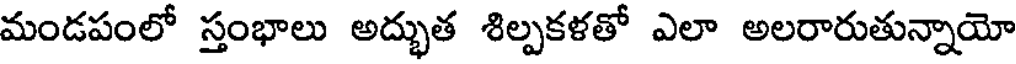
మండపంలో స్తంభాలు అద్భుత శిల్పకళతో ఎలా అలరారుతున్నాయో